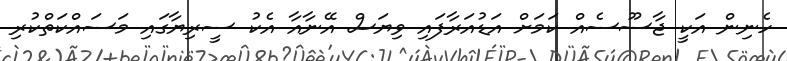
ހެނިން އަކީ ޖާސޫސެއް ކަމަށް އަޑުއަރާފައި ވިޔަސް އޭނާއާ އެކު ސީރިޔާގައި މަސައްކަތްކުރި